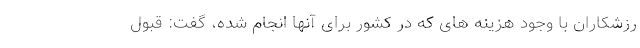
رزشکاران با وجود هزینه های که در کشور برای آنها انجام شده، گفت: قبول